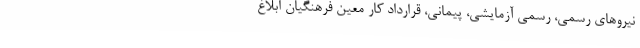
نیروهای رسمی، رسمی آزمایشی، پیمانی، قرارداد کار معین فرهنگیان ابلاغ